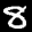
Label: 8